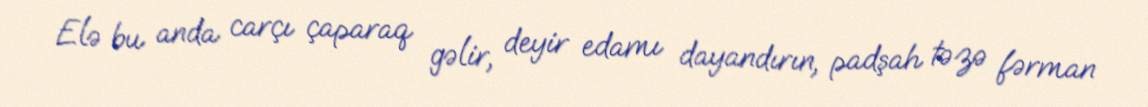
Elə bu anda carçı çaparaq gəlir, deyir edamı dayandırın, padşah təzə fərman